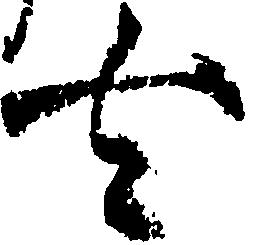
去